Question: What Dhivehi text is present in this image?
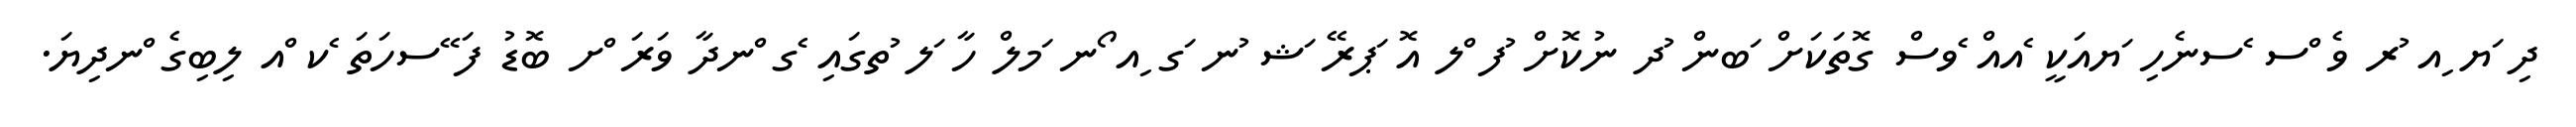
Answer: ދި ަޔ ިއ ުރ ވެ ްސ ެސނެހި ަޔއަކީ ެއއް ެވސް ގޮތަކަށް ަބން ުދ ނުކޮށް ުފ ްލ އޮ ަޕރޭ ަޝ ުނ ަގ ިއ ޯނ ަމލް ހާ ަލ ުތގައި ެގ ްނދާ ވަރަ ްށ ބޮޑު ފަ ޭސހަތަ ެކ ްއ ލިބިގެ ްނދިޔަ.